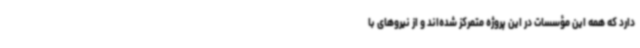
دارد که همه این مؤسسات در این پروژه متمرکز شده‌اند و از نیروهای با